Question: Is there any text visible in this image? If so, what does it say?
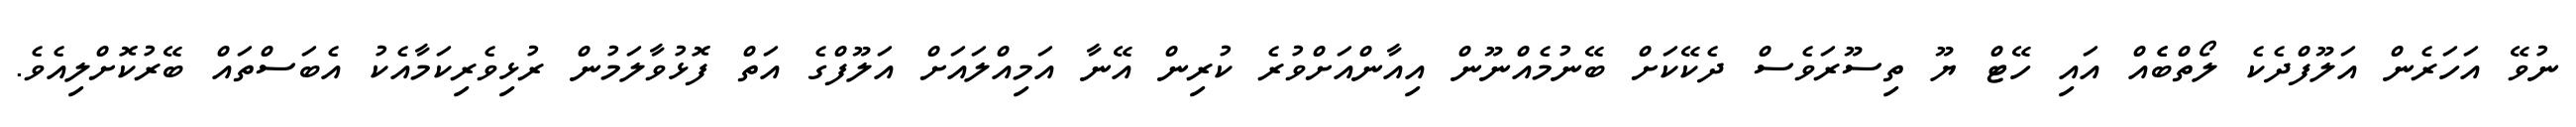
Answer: ނުވޭ އަހަރެން އަލޫފްދެކެ ލޯތްބެެއް އައި ހޭޓް ޔޫ ތިސޫރަވެސް ދެކޭކަށް ބޭނުމެއްނޫން އިއާންއަށްވުރެ ކުރިން އޭނާ އަމިއްލައަށް އަލޫފްގެ އަތް ފޮޅުވާލަމުން ރުޅިވެރިކަމާއެކު އެބަސްތައް ބޭރުކޮށްލިއެވެ.